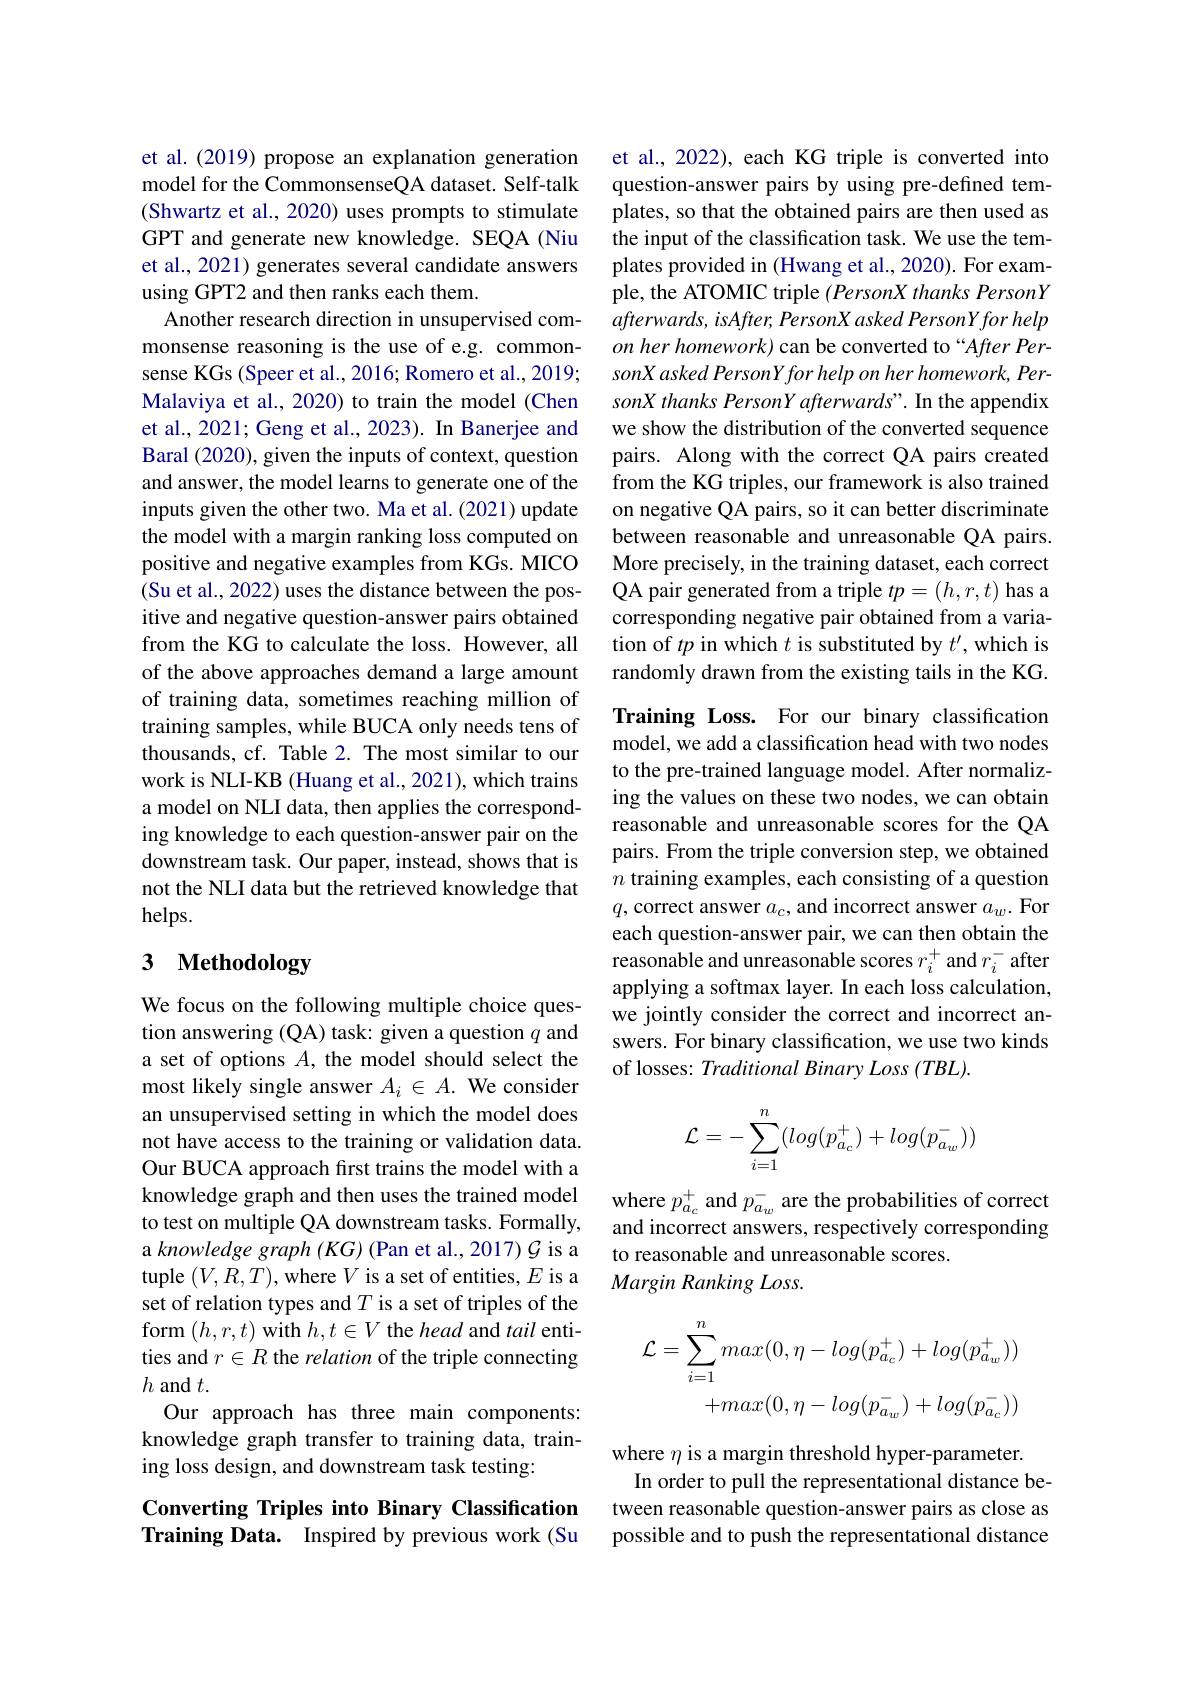
et al.(2019) propose an explanation generation model for the CommonsenseQA dataset. Self-talk (Shwartz et al., 2020) uses prompts to stimulate GPT and generate new knowledge. SEQA (Niu et al., 2021) generates several candidate answers using GPT2 and then ranks each them.
Another research direction in unsupervised commonsense reasoning is the use of e.g. commonsense KGs (Speer et al., 2016; Romero et al., 2019; Malaviya et al., 2020) to train the model (Chen et al., 2021; Geng et al., 2023). In Banerjee and Baral (2020), given the inputs of context, question and answer, the model learns to generate one of the inputs given the other two. Ma et al. (2021) update the model with a margin ranking loss computed on positive and negative examples from KGs. MICO (Su et al., 2022) uses the distance between the positive and negative question-answer pairs obtained from the KG to calculate the loss. However, all of the above approaches demand a large amount of training data, sometimes reaching million of training samples, while BUCA only needs tens of thousands, cf. Table 2. The most similar to our work is NLI-KB (Huang et al., 2021), which trains a model on NLI data, then applies the corresponding knowledge to each question-answer pair on the downstream task. Our paper, instead, shows that is not the NLI data but the retrieved knowledge that helps.

# 3 Methodology

We focus on the following multiple choice question answering (QA) task: given a question $q$ and a set of options $A$, the model should select the most likely single answer $A_i\in A.$ We consider an unsupervised setting in which the model does not have access to the training or validation data. Our BUCA approach first trains the model with a knowledge graph and then uses the trained model to test on multiple QA downstream tasks. Formally, a knowledge graph (KG) (Pan et al., 2017) $\mathcal{G}$ is a tuple $(V,R,T)$, where $V$ is a set of entities, $E$ is a set of relation types and $T$ is a set of triples of the form $(h,r,t)$ with $h,t\in V$ the head and tail entities and $r\in R$ the relation of the triple connecting $h$ and $t.$
Our approach has three main components: knowledge graph transfer to training data, training loss design, and downstream task testing:

## Converting Triples into Binary Classification Training Data. Inspired by previous work (Su

et al., 2022), each KG triple is converted into question-answer pairs by using pre-defined templates, so that the obtained pairs are then used as the input of the classification task. We use the templates provided in (Hwang et al., 2020). For example, the ATOMIC triple $( PersonX\textit{thanks PersonY}$ afterwards, isAfter, PersonX asked PersonYfor help on her homework) can be converted to “After PersonX asked PersonYfor help on her homework, PersonX thanks PersonY afterwards". In the appendix we show the distribution of the converted sequence pairs. Along with the correct QA pairs created from the KG triples, our framework is also trained on negative QA pairs, so it can better discriminate between reasonable and unreasonable QA pairs. More precisely, in the training dataset, each correct QA pair generated from a triple $tp=(h,r,t)$ has a corresponding negative pair obtained from a variation of $tp$ in which $t$ is substituted by $t^\prime$,which is randomly drawn from the existing tails in the KG. Training Loss. For our binary classification model, we add a classification head with two nodes to the pre-trained language model. After normalizing the values on these two nodes, we can obtain reasonable and unreasonable scores for the QA pairs. From the triple conversion step, we obtained $n$ training examples, each consisting of a question $q$, correct answer $a_c$, and incorrect answer $a_w.$ For each question-answer pair, we can then obtain the reasonable and unreasonable scores $r_i^+$ and $r_i^-$ after applying a softmax layer. In each loss calculation, we jointly consider the correct and incorrect answers. For binary classification, we use two kinds of losses: Traditional Binary Loss (TBL).
$$\begin{aligned}\mathcal{L}=-\sum_{i=1}^n(log(p_{a_c}^+)+log(p_{a_w}^-))\end{aligned}$$
where $p_{a_c}^{+}$ and $p_{a_w}^{-}$ are the probabilities of correct and incorrect answers, respectively corresponding to reasonable and unreasonable scores.
Margin Ranking Loss.
$$\mathcal{L}=\sum_{i=1}^{n}max(0,\eta-log(p_{a_{c}}^{+})+log(p_{a_{w}}^{+}))\\+max(0,\eta-log(p_{a_{w}}^{-})+log(p_{a_{c}}^{-}))$$
where $\eta$ is a margin threshold hyper-parameter.
In order to pull the representational distance between reasonable question-answer pairs as close as possible and to push the representational distance